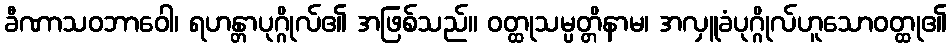
ခီဏာသဝဘာဝေါ၊ ရဟန္တာပုဂ္ဂိုလ်၏ အဖြစ်သည်။ ဝတ္ထုသမ္ပတ္တိနာမ၊ အလှူခံပုဂ္ဂိုလ်ဟူသောဝတ္ထု၏